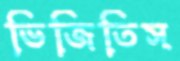
ভিজিতিস